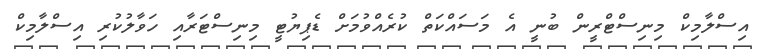
އިސްލާމިކް މިނިސްޓްރީން ބުނީ އެ މަސައްކަތް ކުރެއްވުމަށް ޑެޕިޔުޓީ މިނިސްޓަރާއި ހަވާލުކުރި އިސްލާމިކް